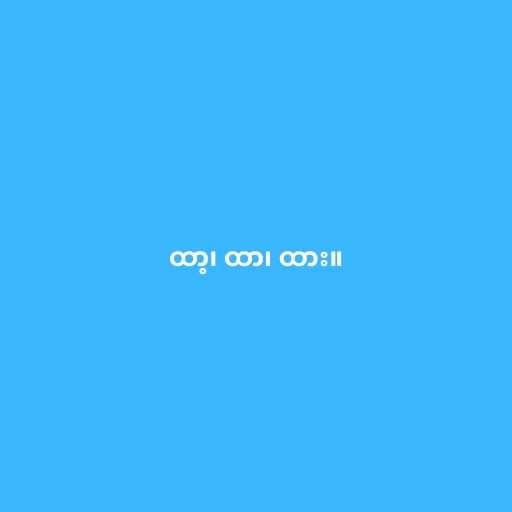
ထာ့၊ ထာ၊ ထား။